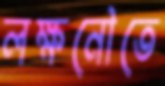
লক্ষনৌতে